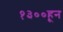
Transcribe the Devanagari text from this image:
१३००हून